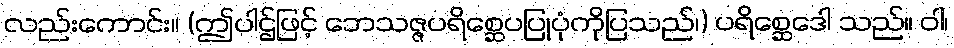
လည်းကောင်း။ (ဤပါဌ်ဖြင့် ဘေသဇ္ဇပရိစ္ဆေပပြုပုံကိုပြသည်၊) ပရိစ္ဆေဒေါ သည်။ ဝါ၊